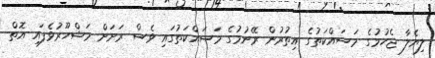
ލިޔެލާ ޖެހުމުގެ މަސައްކަތުގެ އިތުރުން ރޭނުމުގެ މަސައްކަތުގައި ވެސް ރަށަށް މަޝްހޫރުވެފައި އޮތް